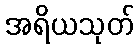
အရိယသုတ်